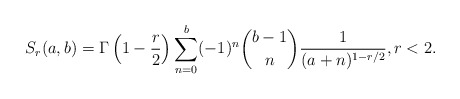
\begin{align*}S_r(a,b)=\Gamma\left(1-\frac{r}{2}\right)\sum_{n=0}^b (-1)^n\binom{b-1}{n} \frac{1}{(a+n)^{1-r/2}},r<2.\end{align*}